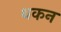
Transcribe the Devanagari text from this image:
थकन